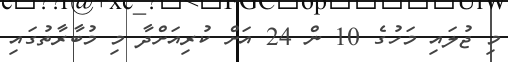
މި ޖުލައި މަހުގެ 10 ން 24 އަށް ކުރިއަށްދާ މި މުބާރާތުގައި